Rangoon Lunatic Asylum 1898-1906 - 1898-1906
Year: 1898
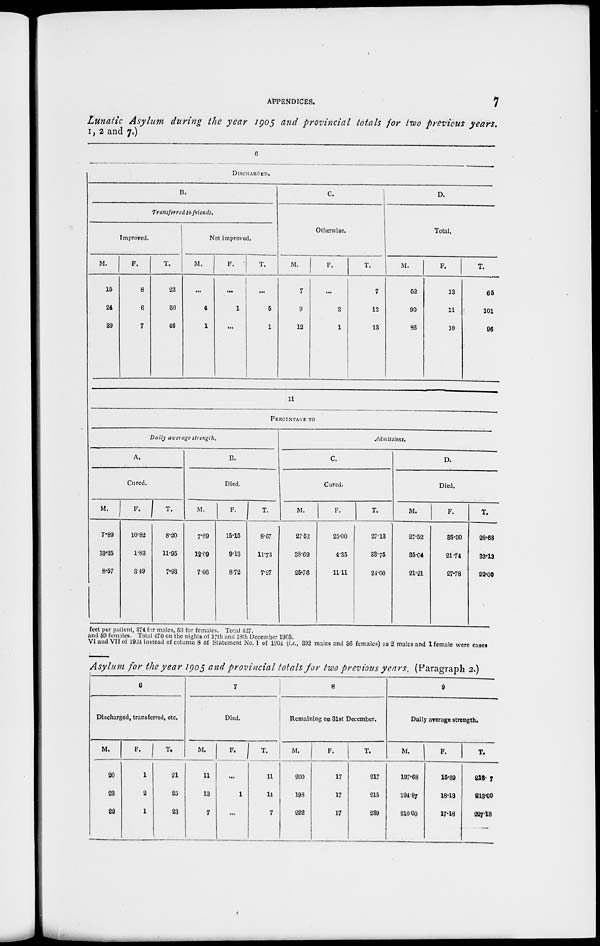
APPENDICES.
7
Lunatic Asylum during the year 1905 and provincial totals for two previous years.
1, 2 and 7.)
6
DISCHARGED.
B.
Transferred to friends.
Improved.
M.
15
24
39
F.
8
6
7
T.
23
30
46
Not improved.
M.
...
4
1
F.
...
1
...
T.
...
5
1
C.
Otherwise.
M.
7
9
12
F.
...
3
1
T.
7
12
13
D.
Total.
M.
52
90
86
F.
13
11
10
T.
65
101
96
11
PERCENTAGE TO
Daily average strength.
A.
Cured.
M.
7.89
13.35
8.57
F.
10.82
1.83
3.49
T.
8.20
11.95
7.93
B.
Died.
M.
7.89
12.09
7.06
F.
15.15
9.13
8.72
T.
8.87
11.73
7.27
Admissions.
C.
Cured.
M.
27.52
38.69
25.76
F.
25.00
4.35
11.11
T.
27.13
33.75
24.00
D.
Died.
M.
27.52
35.04
21.21
F.
35.00
21.74
27.78
T.
28.68
33.13
22.00
feet per patient, 374 for males, 53 for females. Total 427.
and 59 females. Total 470 on the nights of 17th and 18th December 1905.
VI and VII of 1904 instead of column 8 of Statement No. 1 of 1904 (i.e., 392 males and 56 females) as 2 males and 1 female were cases
Asylum for the year 1905 and provincial totals for two previous years. (Paragraph 2.)
6
Discharged, transferred, etc.
M.
20
23
22
F.
1
2
1
T.
21
25
23
7
Died.
M.
11
13
7
F.
...
1
...
T.
11
14
7
8
Remaining on 31st December.
M.
200
193
222
F.
17
17
17
T.
217
215
239
9
Daily average strength.
M.
197.68
194.87
210.00
F.
15.69
18.13
17.18
T.
215.7
213.00
227.18